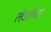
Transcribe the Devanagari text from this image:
लेओच्या